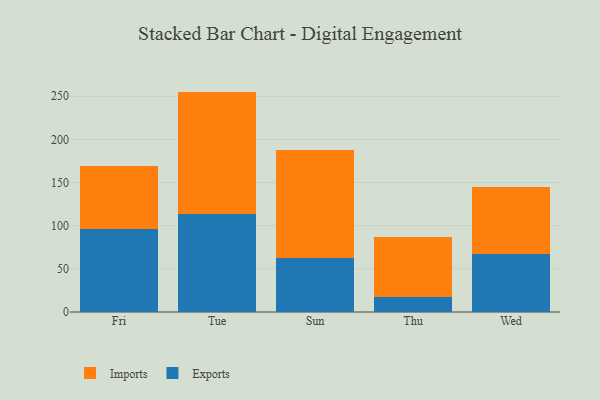
{"axis": {"x": "Day", "y": "Headcount"}, "legend": ["Exports", "Imports"], "data": [{"x": "Fri", "y": 95.8, "type": "Exports"}, {"x": "Fri", "y": 73.9, "type": "Imports"}, {"x": "Tue", "y": 113.9, "type": "Exports"}, {"x": "Tue", "y": 141.4, "type": "Imports"}, {"x": "Sun", "y": 63.0, "type": "Exports"}, {"x": "Sun", "y": 125.2, "type": "Imports"}, {"x": "Thu", "y": 17.3, "type": "Exports"}, {"x": "Thu", "y": 69.8, "type": "Imports"}, {"x": "Wed", "y": 66.9, "type": "Exports"}, {"x": "Wed", "y": 78.0, "type": "Imports"}]}